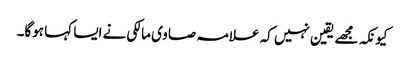
کیونکہ مجھے یقین نہیں کہ علامہ صاوی مالکی نے ایسا کہا ہوگا۔